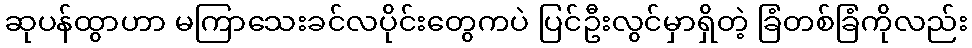
ဆုပန်ထွာဟာ မကြာသေးခင်လပိုင်းတွေကပဲ ပြင်ဦးလွင်မှာရှိတဲ့ ခြံတစ်ခြံကိုလည်း